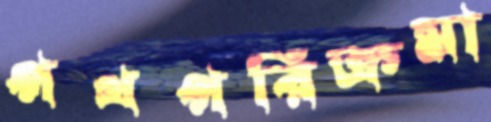
পথপরিক্রমা